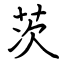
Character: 茨